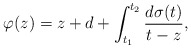
\begin{align*}\varphi(z)=z+d+\int_{t_1}^{t_2}\frac{d\sigma(t)}{t-z},\end{align*}